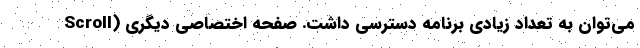
Scroll) می‌توان به تعداد زیادی برنامه دسترسی داشت. صفحه اختصاصی دیگری